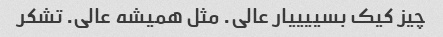
چیز کیک بسییییار عالی. مثل همیشه عالی. تشکر